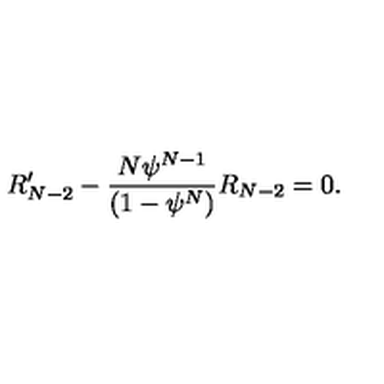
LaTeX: R _ { N - 2 } ^ { \prime } - \frac { N { \psi } ^ { N - 1 } } { ( 1 - { \psi } ^ { N } ) } R _ { N - 2 } = 0 .